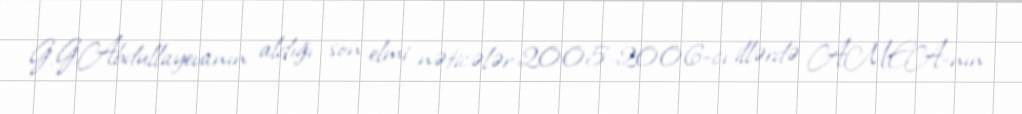
G.G.Abdullayevanın aldığı son elmi nəticələr 2005-2006-cı illərdə AMEA-nın